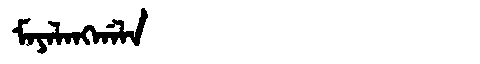
Manchu: ᠮᠠᠶᠠᠯᠠᠩᡤᠠᠯᠠ
Romanization: MAYALANGGALA